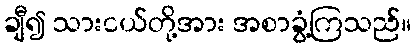
ချီ၍ သားငယ်တို့အား အစာခွံ့ကြသည်။